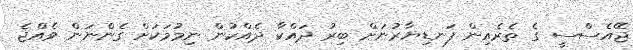
ޖޭއެސްސީ ގެ ތެރެއިން ފަނޑިޔާރުނަށް ބިރު ދައްކާ ދެއްކުން ނިމުމަކަށް ގެންނަން ވެއްޖެ